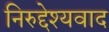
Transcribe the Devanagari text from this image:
निरुद्देश्यवाद